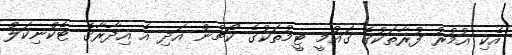
އެކި އުމުރު ފުރާތަކުގެ ގައުމީ ޓީމުތަކުގެ ކޯޗުން އަދި އެ އިދާރާގެ ޓެކްނިކަލް